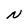
Character: N